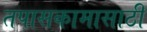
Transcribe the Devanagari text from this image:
तपासकामासाठी